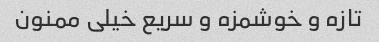
تازه و خوشمزه و سریع خیلی ممنون